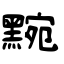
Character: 黦